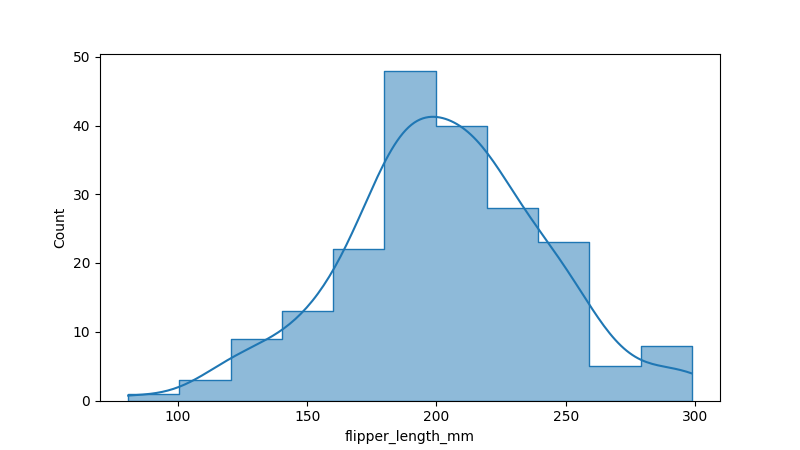
python, seaborn, histplot, hue='all', binwidth=20, bins='auto', element='step'